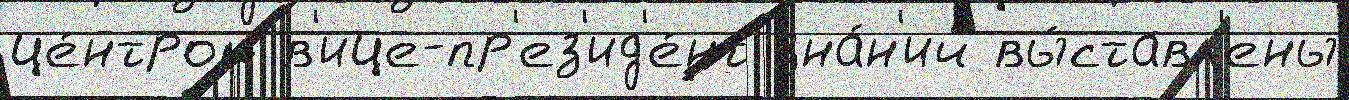
це́нтром в'ице-пр'ез'ид'е́нт зна́н'ий вы́ставл'ены